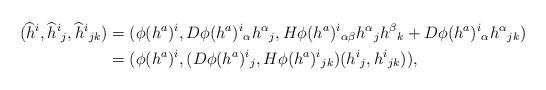
LaTeX: \begin{align*}(\widehat{h}^i,\widehat{h}^i{}_j,\widehat{h}^i{}_{jk})&=(\phi(h^a)^i,D\phi(h^a)^i{}_\alpha h^\alpha{}_j,H\phi(h^a)^i{}_{\alpha\beta}h^\alpha{}_jh^\beta{}_k+D\phi(h^a)^i{}_\alpha h^\alpha{}_{jk})\\*&=(\phi(h^a)^i,(D\phi(h^a)^i{}_j,H\phi(h^a)^i{}_{jk})(h^i{}_j,h^i{}_{jk})),\end{align*}